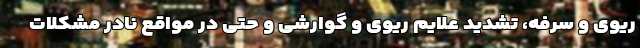
ریوی و سرفه، تشدید علایم ریوی و گوارشی و حتی در مواقع نادر مشکلات